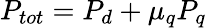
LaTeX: P_{tot}=P_{d}+\mu_{q}P_{q}